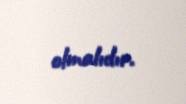
olmalıdır.